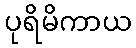
ပုရိမိကာယ